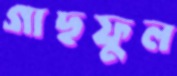
গাছফুল